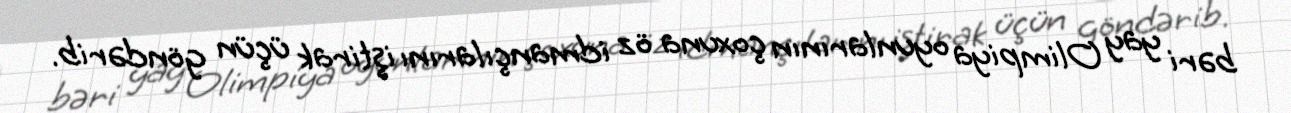
bəri yay Olimpiya oyunlarının çoxuna öz idmançılarını iştirak üçün göndərib.